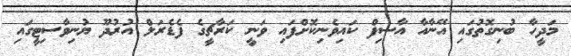
މަދީހާ ބުނިގޮތުގައި އޭނާއާ އާސިފް ކައިވެނިކޮށްފައި ވަނީ ކަރާޗީގެ ފެޑެރަލް އުރުދޫ ޔުނިވާސިޓީގައި